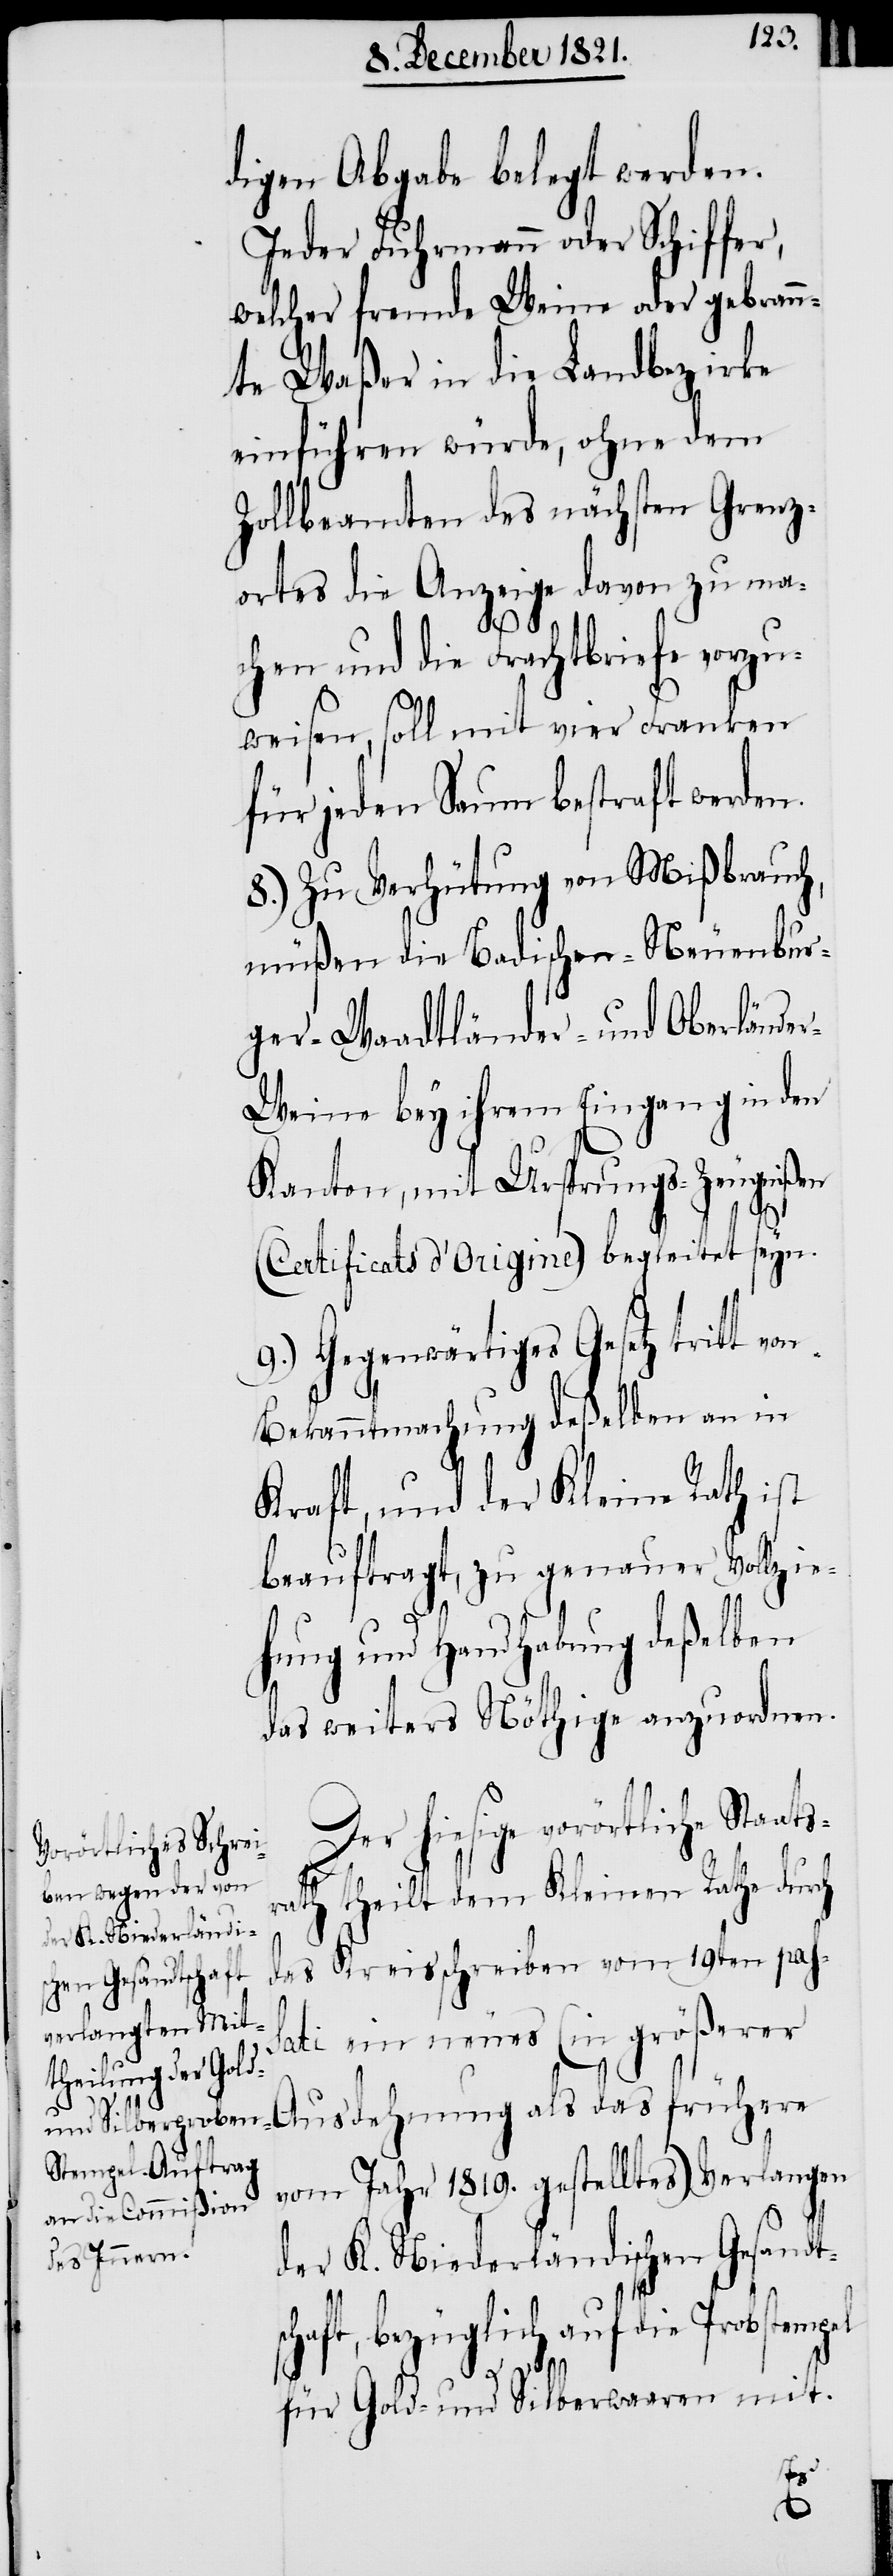
digen Abgabe belegt werden.
Jeder Fuhrmann oder Schiffer,
welcher fremde Weine oder gebrann¬
te Waßer in die Landbezirke
einführen würde, ohne dem
Zollbeamten des nächsten Grenz¬
ortes die Anzeige davon zu ma¬
chen und die Frachtbriefe vorzu¬
weisen, soll mit vier Franken
für jeden Saum bestraft werden.
8.) Zu Verhütung von Mißbrauch,
müßen die Badischen- Neuenbur¬
ger- Waadtländer- und Oberlände¬
r-Weine bey ihrem Eingang in den
Kanton, mit Ursprungs-Zeugnißen
(Certificats d’Origine) begleitet seyn.
9.) Gegenwärtiges Gesetz tritt
Bekanntmachung deßelben an in
Kraft, und der Kleine Rath ist
beauftragt, zu genauer Vollzi¬
ehung und Handhabung deßelben
das weiters Nöthige anzuordnen.
Der hiesige vorörtliche Staat¬
srath theilt dem Kleinen Rathe durch
das Kreisschreiben vom 19ten pas¬
sati ein neues (in größerer
Ausdehnung als das frühere
vom Jahr 1819. gestelltes) Verlangen
der K. Niederländischen Gesandt¬
schaft, bezüglich auf die Probstempel
für Gold- und Silberwaaren mit.